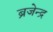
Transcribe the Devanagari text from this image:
ब्रजेन्‍द्र